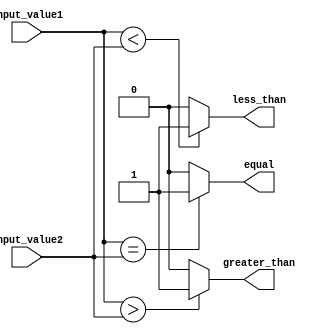
module comparator (
    input [7:0] input_value1,
    input [7:0] input_value2,
    output equal,
    output greater_than,
    output less_than
);

assign equal = (input_value1 == input_value2) ? 1'b1 : 1'b0;
assign greater_than = (input_value1 > input_value2) ? 1'b1 : 1'b0;
assign less_than = (input_value1 < input_value2) ? 1'b1 : 1'b0;

endmodule